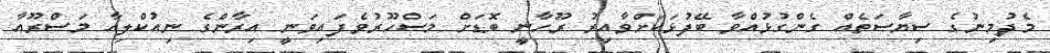
މެދުމިނުގެ ސިޔާސަތެއް ގެންގުޅުއްވާ ބޭފުޅަކަށްވާއިރު ރޫހާނީ ބޮޑަށް މަސްހޫރުވެފައިވަނީ އިރާންގެ ނިއުކްލިއާ މަސްރޫއާ